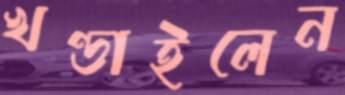
খণ্ডাইলেন